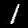
Label: 1